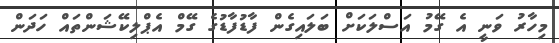
މިހާރު ވަނީ އެ ގޭމު އަސްލަކަށް ބަލައިގެން ފާޑުފާޑުގެ ގޭމް އެޕްލިކޭޝަންތައް ހަދަން